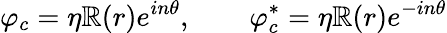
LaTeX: \varphi_{c}=\eta\mathbb{R}(r)e^{in\theta},\qquad\varphi_{c}^{\ast}=\eta\mathbb{R}(r)e^{-in\theta}